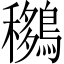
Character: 𪅨